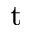
^ \mathrm { t }